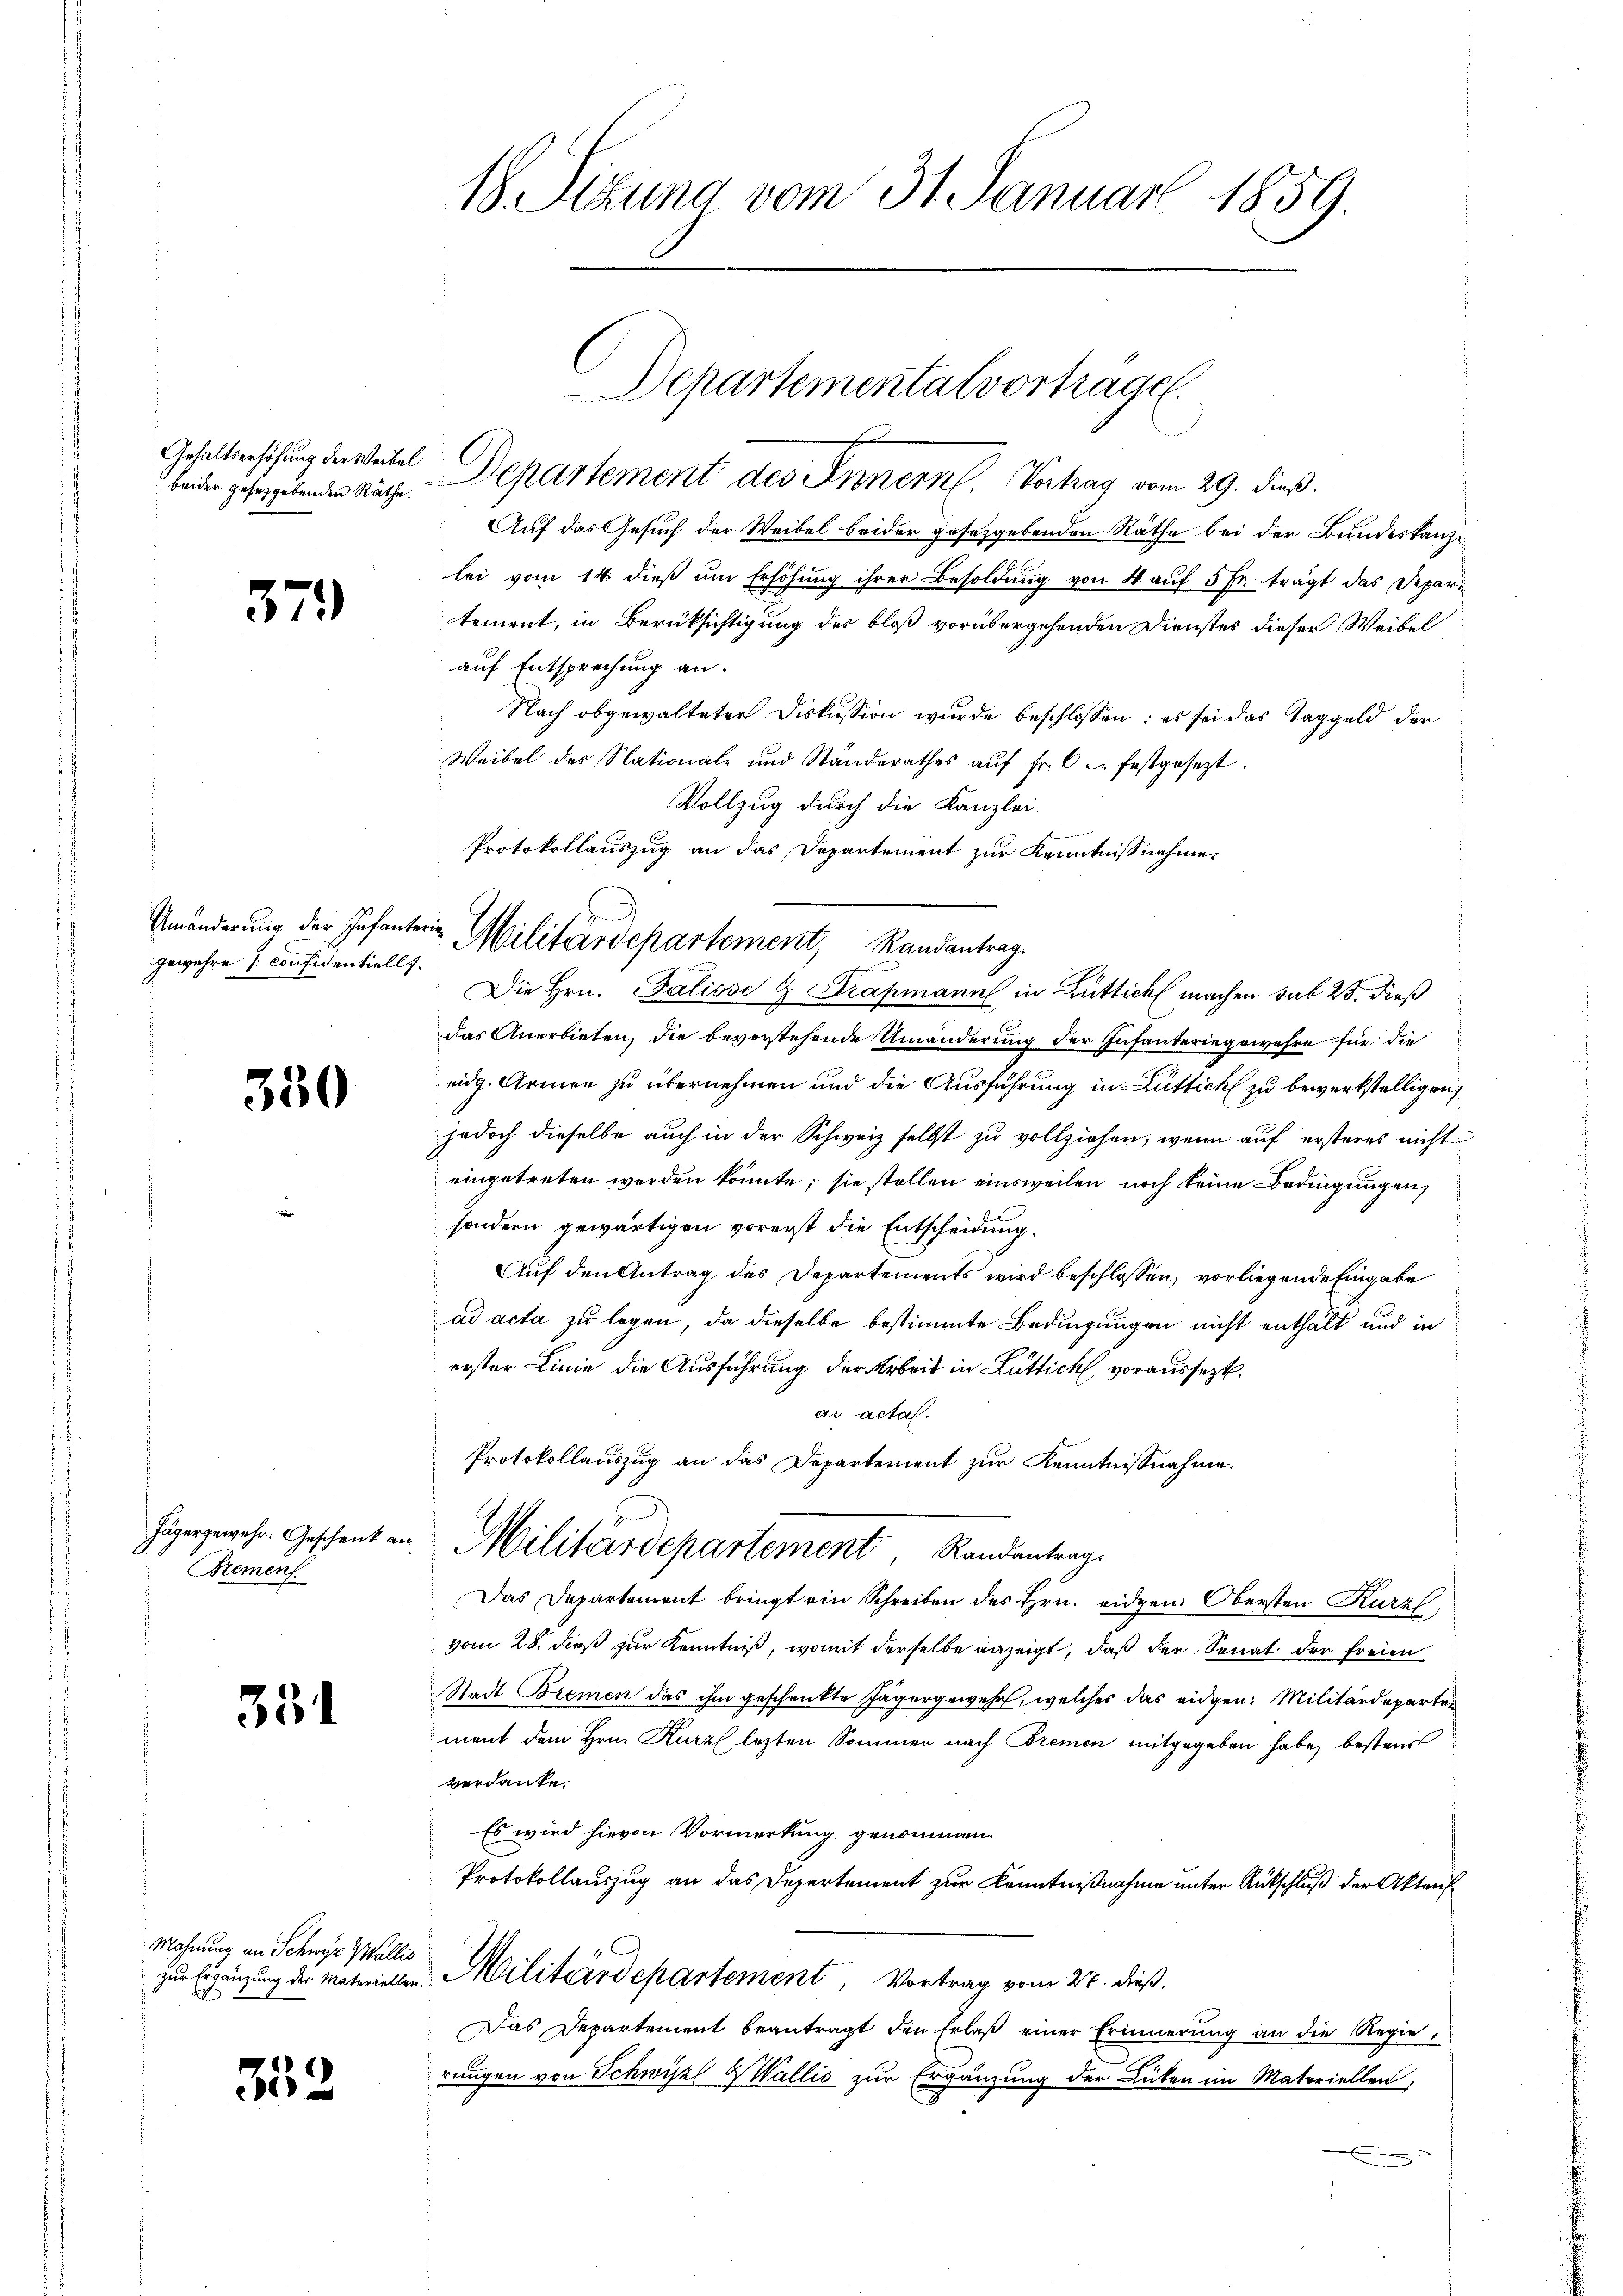
Gehaltserhöhung der Weibel

379

gewehre s. Confidentiell.

350

Jägergewehr. Geschenk an
Bremen

351

Mahnung an Schwyz & Wollis
zur Ergänzung der Materieller

352

18. Sitzung vom 31. Januar 1859.

Departemental vortragen.
de gesehendes nicht. Departement des Innern, Verhag vom 29. dieß.

Auf das Gesuch der Weibel beider gesetzgebenden Räthe bei der Bundeskanzlei vom 14. dieß um Erhöhung ihrer Besoldung von 4 auf 5 Fr. trägt das Depari
tement, in Berüksichtigung des bloß vorübergehenden Dienstes dieser Weibel
auf Entsprechung an.
Nach abgewalteter Diskussion wurde beschlossen: es sei das Taggeld der
Weibel des Nationale und Standerathes aŭf fr. 6 u. festgesezt.
Vollzug durch die Kanzlei-
Die Hrn. Palisse & Drapmann in Luttich machen sub 25. dieß
das Anerbieten, die bevorstehende Umänderung der Infanteringewahre für die
eidg. Armen zu übernehmen und die Ausführung in Rüttich zu bewerkstelligen,
jedoch dieselbe auch in der Schweiz selbst zu vollziehen, wenn auf ersteres nicht
eingetreten werden könnte; sie stellen einsweilen noch keine Bedingungen,
sondern gewärtigen vorerst die Entscheidung.
Auf den Antrag des Departements wird beschlossen, vorliegende Eingabe
ad acta zu legen, da dieselbe bestimmte Bedingungen nicht enthält und in
erster Linie die Ausführung der Arbeit in Luttich voraussezt.
ar acta.
Protokollauszug an das Departement zur Kenntnißnahme.
Militärdepartement Randantrag
Das Departement bringt ein Schreiben des Hrn. eidgen. Obersten Kurz,
vom 28. dieß zur Kenntniß, womit derselbe anzeigt, daß der Senat der freien
Stadt Bremen das ihm geschenkte Jägergewehr, welches das eidgen: Militärdeparten
ment dem Hrn. Kurz lezten Sommer nach Bremen mitgegeben habe, bestens
verdanke.
Es wird hievon Vormerkung genommen.
Protokollauszug an das Depertement zur Kenntnißnahme unter Rutschluß der Akten
Militärdepartement Vortrag vom 27. dieß.
Das Departement beantragt den Erlaβ einer Erinnerung an die Regierungen von Schwiszl Wallis zur Ergänzung der Lüten im Materiellen,

Protokollauszug an das Departement zur Kenntnißnahme
Umänderung der Infanterin Militärdepartement, Randantrag.